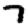
Digit: 7